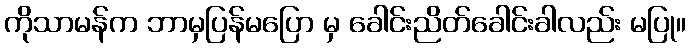
ကိုသာမန်က ဘာမှပြန်မပြော မှ ခေါင်းညိတ်ခေါင်းခါလည်း မပြု။